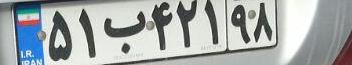
۵۱ب۴۲۱۹۸